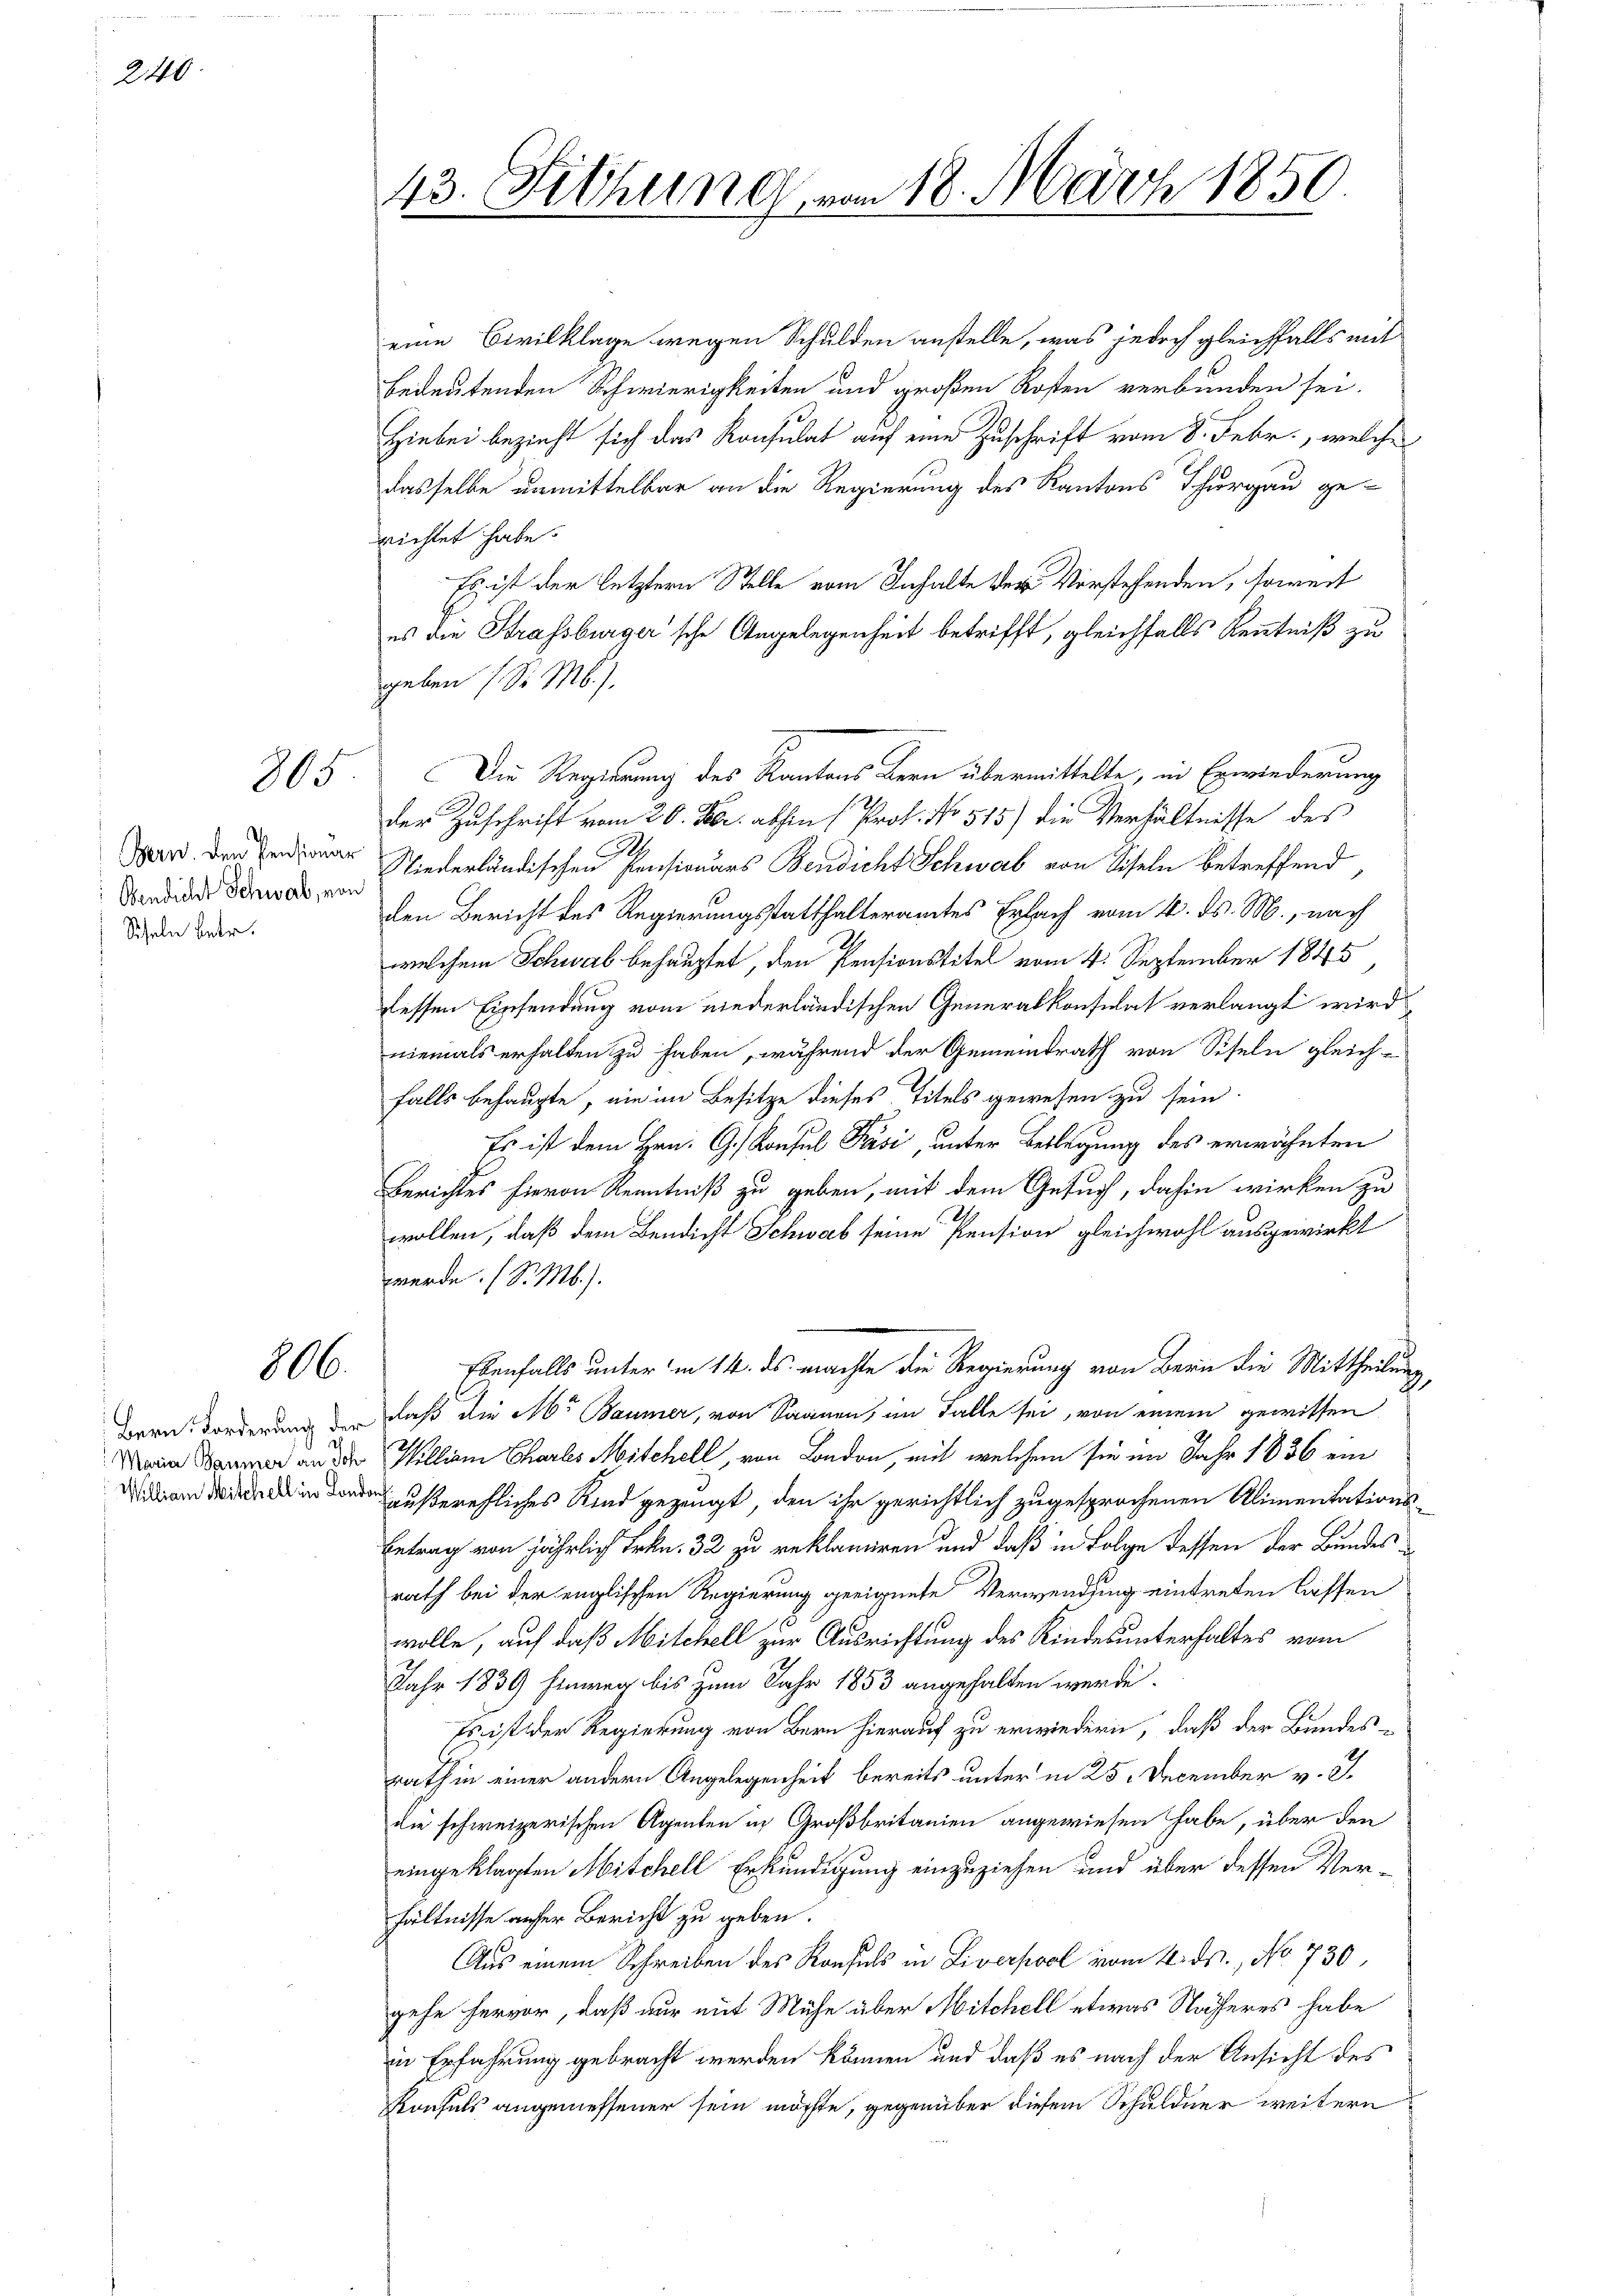
240.

805

Bern. Den Pensionar
Bendicht Schwab, von
Scheln betr.

806.

Bern Forderung der
Maria Baumer an Sch
William Mitchell in Loni

43. Fichung von 18. März 1850.

eine Civilklage wegen Schulden anstelle, was jedoch gleichfalls mit
bedeutenden Schwierigkeiten und großen Kosten verbunden sei.
Hiebei bezieht sich das Konsulat auf eine Zuschrift vom 8. Febr., welche
dasselbe unmittelbar an die Regierung des Kantons Thurgau ge-
richtet habe.
Es ist der letztern Stelle vom Inhalte der Vorstehenden, soweit
es die Strassburger'sche Angelegenheit betrifft, gleichfalls Kenntniß zu
geben (S. M.).
Die Regierung des Kantons Bern übermittelte, in Erwiederung
der Zuschrift vom 26. Febr. abhin (Prof. No 515) die Verhältnisse des
Niederländischen Pensionars Bendicht Schwab von Siseln betreffend
den Bericht des Regierungsstatthalteramtes Erlach vom 4. ds. M., nach
welchem Schwab behauptet, den Pensionstitel vom 4. September 1845
dessen Einsendung vom niederländischen Generalkonsulat verlangt wird
niemals erhalten zu haben, während der Gemeindrath von Sifeln gleich-
falls behaupte, nie im Besitze dieses Titels gewesen zu sein.
Es ist dem Hrn. G. Konsul Pási, unter Beslegung des erwähnten
Berichtes hievon Kenntniß zu geben, mit dem Gesuch, dahin wirken zu
wollen, daß dem Bendicht Schwab seine Pension gleichwohl ausgewirkt
werde. (S. Mb.).
Ebenfalls unter in 14. ds. machte die Regierung von Bern die Mittheilung,
daß die Mr Baumer, von Saanen, im Falle sei, von einem gewissen.
Hillian Charls Mischell, von London, mit welchem sie im Jahr 1836 ein
außerehliches Kind gezeugt, den ihr gerichtlich zugesprochenen Alimentations-
Betrag von jährlich Frkn. 32 zu reklamiren und daß in Folge dessen der Bundesrath bei der englischen Regierung geeignete Verwendung eintreten lassen
wolle, auf daß Mitchell zur Ausrichtung des Kinderunterhaltes vom
Jahr 1839 hinweg bis zum Jahr 1853 angehalten werde.
Es ist der Regierung von Bern hierauf zu erwiedern, daß der Bundesrath in einer andern Angelegenheit bereits unter in 25. December v. J.
die schweizerischen Agenten in Großbritanien angewiesen habe, über den
eingeklagten Mitchell Erkundigung einzuziehen und über dessen Verhältnisse anher Bericht zu geben.
Aus einem Schreiben des Raufels in Liverpool vom 4. ds., No 730,
gehe hervor, daß nur mit Mühe über Mitchell etwas Näheres habe
in Erfahrung gebracht werden können und daß es nach der Ansicht des
Konfels angemessener sein möchte, gegenüber diesem Schuldner weitern